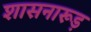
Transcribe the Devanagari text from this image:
शासनारूड़